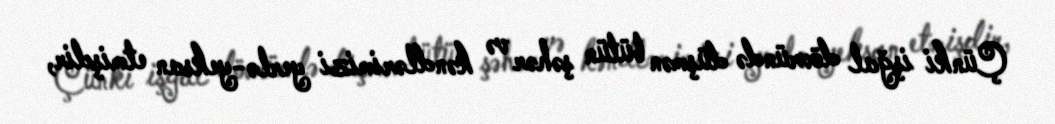
Çünki işğal dövründə düşmən bütün şəhər və kəndlərimizi yerlə-yeksan etmişdir,